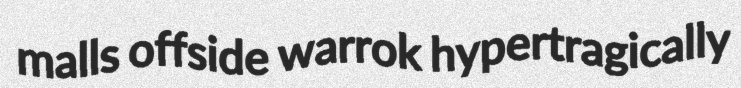
malls offside warrok hypertragically